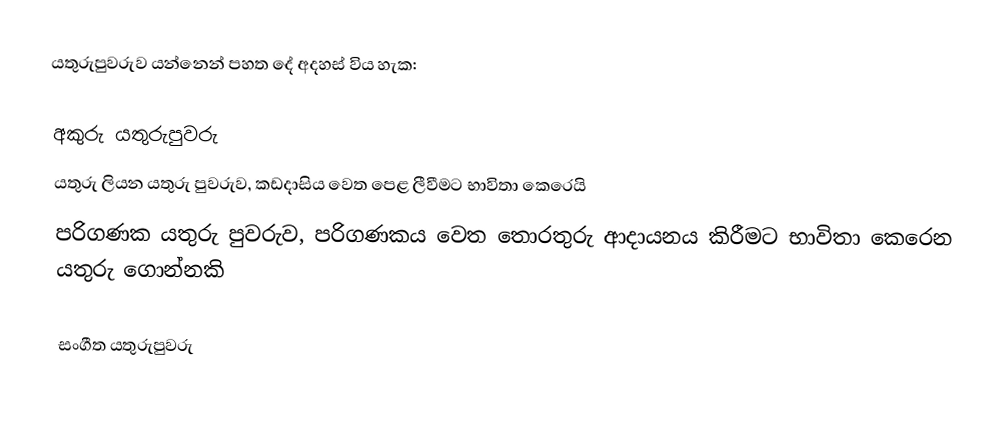
යතුරුපුවරුව යන්නෙන් පහත දේ අදහස් විය හැක:

අකුරු යතුරුපුවරු
 යතුරු ලියන යතුරු පුවරුව, කඩදාසිය වෙත පෙළ ලීවීමට භාවිතා කෙරෙයි
 පරිගණක යතුරු පුවරුව, පරිගණකය වෙත තොරතුරු ආදායනය කිරීමට භාවිතා කෙරෙන යතුරු ගොන්නකි

සංගීත යතුරුපුවරු